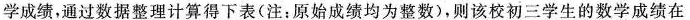
学成绩，通过数据整理计算得下表(注：原始成绩均为整数)，则该校初三学生的数学成绩在